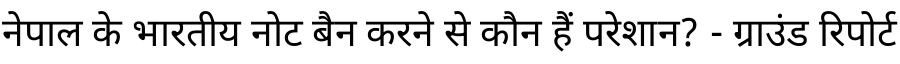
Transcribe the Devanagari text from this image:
नेपाल के भारतीय नोट बैन करने से कौन हैं परेशान? - ग्राउंड रिपोर्ट